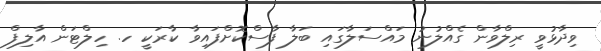
ވިދާޅުވީ ރިލްވާން ގެއްލުނު މައްސަލާގައި ބަލާ ފާސްކޮށްފައިވާ ކާރަކީ ހ. ހިލްޓަން އާލިފް